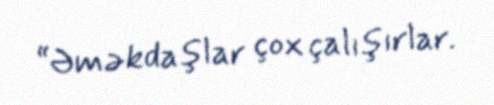
“Əməkdaşlar çox çalışırlar.